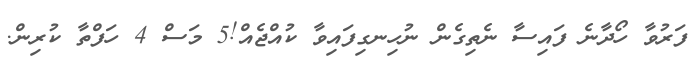
ފަރުވާ ހޯދާނެ ފައިސާ ނެތިގެން ނުހިނގިފައިވާ ކުއްޖެއް!5 މަސް 4 ހަފްތާ ކުރިން.